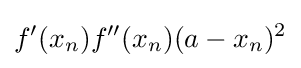
f'(x_{n})f''(x_{n})(a-x_{n})^{2}